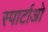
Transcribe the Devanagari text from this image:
स्पार्टाओ